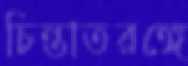
চিন্তাতরঙ্গে